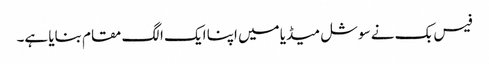
فیس بک نے سوشل میڈیا میں اپنا ایک الگ مقام بنایا ہے۔